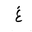
Letter: _gayn